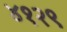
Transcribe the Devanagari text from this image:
४१२९